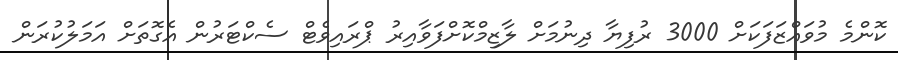
ކޮންމެ މުވައްޒަފަކަށް 3000 ރުފިޔާ ދިނުމަށް ލާޒިމްކޮށްފަވާއިރު ޕްރައިވެޓް ސެކްޓަރުން އެގޮތަށް އަމަލުކުރަން